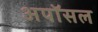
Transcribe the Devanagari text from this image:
अपॉसल